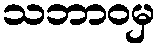
သဘာဝမှ